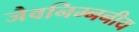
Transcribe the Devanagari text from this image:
जैवनिम्ननीय